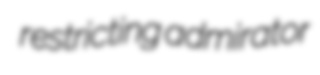
restricting admirator